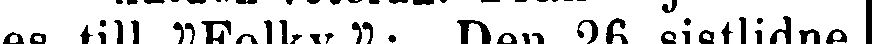
es till "Folkv.": Den 26 sistlidne |